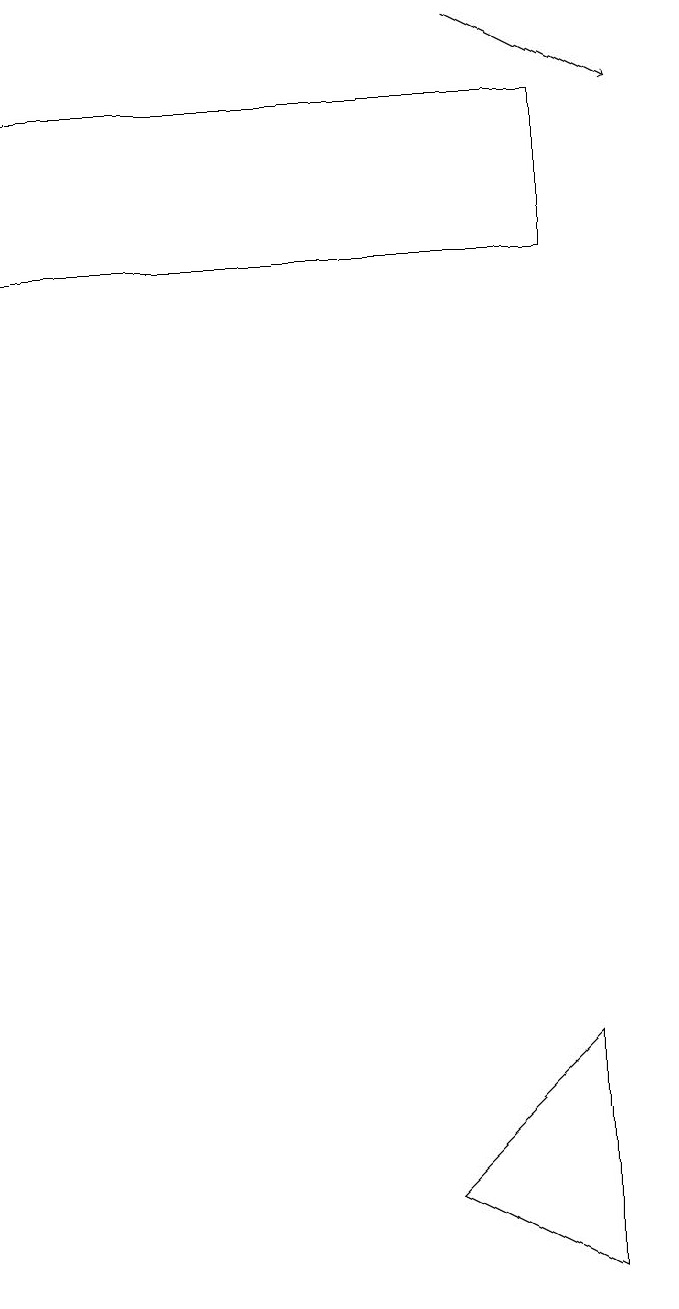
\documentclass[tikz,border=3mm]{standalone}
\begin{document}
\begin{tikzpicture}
\draw[->] (7,17) -- (9,16);
\draw (8,14) rectangle (1,16);
\draw (8,1) -- (6,2) -- (8,4) -- cycle;
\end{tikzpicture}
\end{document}